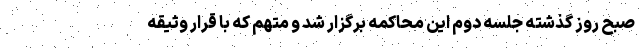
صبح روز گذشته جلسه دوم این محاکمه برگزار شد و متهم که با قرار وثیقه